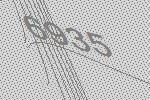
6935